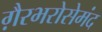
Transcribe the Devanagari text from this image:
ग़ैरभरोसेमंद